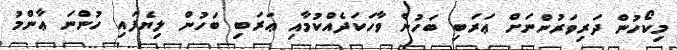
މިކޯހުން ދަރިވަރުންނަށް ޢަރަބި ބަހުން ވާހަކަދެއްކުމާއި ޢަރަބި ބަހުން ލިޔެފައި ހުންނަ ޢާންމު